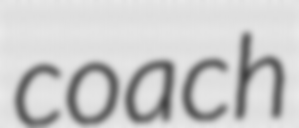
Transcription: coach